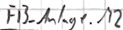
Text: FB_Anlage.M2